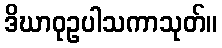
ဒိဃာဝုဥပါသကာသုတ်။